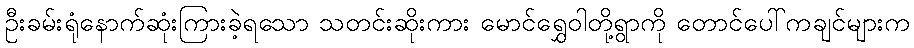
ဦးခမ်းရုံနောက်ဆုံးကြားခဲ့ရသော သတင်းဆိုးကား မောင်ရွှေဝါတို့ရွာကို တောင်ပေါ်ကချင်များက